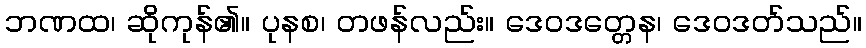
ဘဏထ၊ ဆိုကုန်၏။ ပုနစ၊ တဖန်လည်း။ ဒေဝဒတ္တေန၊ ဒေဝဒတ်သည်။